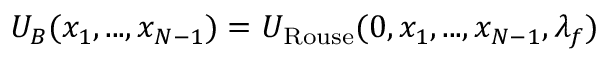
U _ { B } ( x _ { 1 } , . . . , x _ { N - 1 } ) = U _ { \mathrm { R o u s e } } ( 0 , x _ { 1 } , . . . , x _ { N - 1 } , \lambda _ { f } )